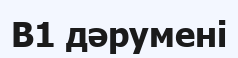
В1 дәруменi